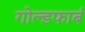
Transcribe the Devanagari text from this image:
गोल्डफार्ब